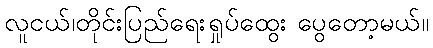
လူငယ်၊တိုင်းပြည်ရေးရှုပ်ထွေး ပွေတော့မယ်။